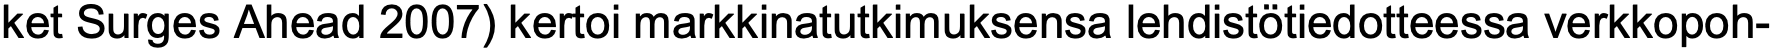
ket Surges Ahead 2007) kertoi markkinatutkimuksensa lehdistötiedotteessa verkkopoh-